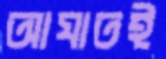
আঘাতই